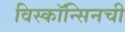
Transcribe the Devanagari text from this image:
विस्कॉन्सिनची